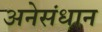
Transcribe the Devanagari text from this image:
अनेसंधान